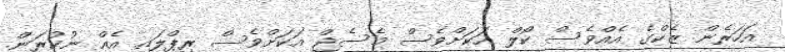
އަހަރެން ޒެކްގެ އެއްވެސް ކޯލް އަކަށްވެސް މެސެޖް އަކަށްވެސް ރިޕްލައި އެއް ނުކުރަން.